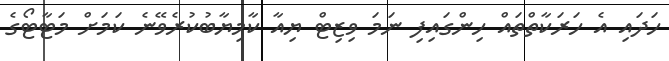
ހަދައި އެ ހަރަކާތްތައް ހިންގައިފި ނަމަ ވިޒިޓް ޔިއާ ކާމިޔާބުކުރެވޭނެ ކަމަށް މަޓާޓޯގެ